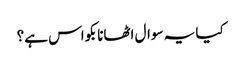
کیا یہ سوال اٹھانا بکواس ہے؟